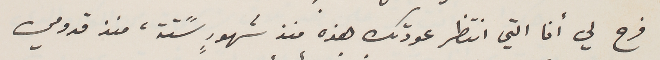
فرح لي أنا التي انتظر عودتك هذه منذ شهورٍ سًتة، منذ قدومي